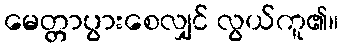
မေတ္တာပွားစေလျှင် လွယ်ကူ၏။